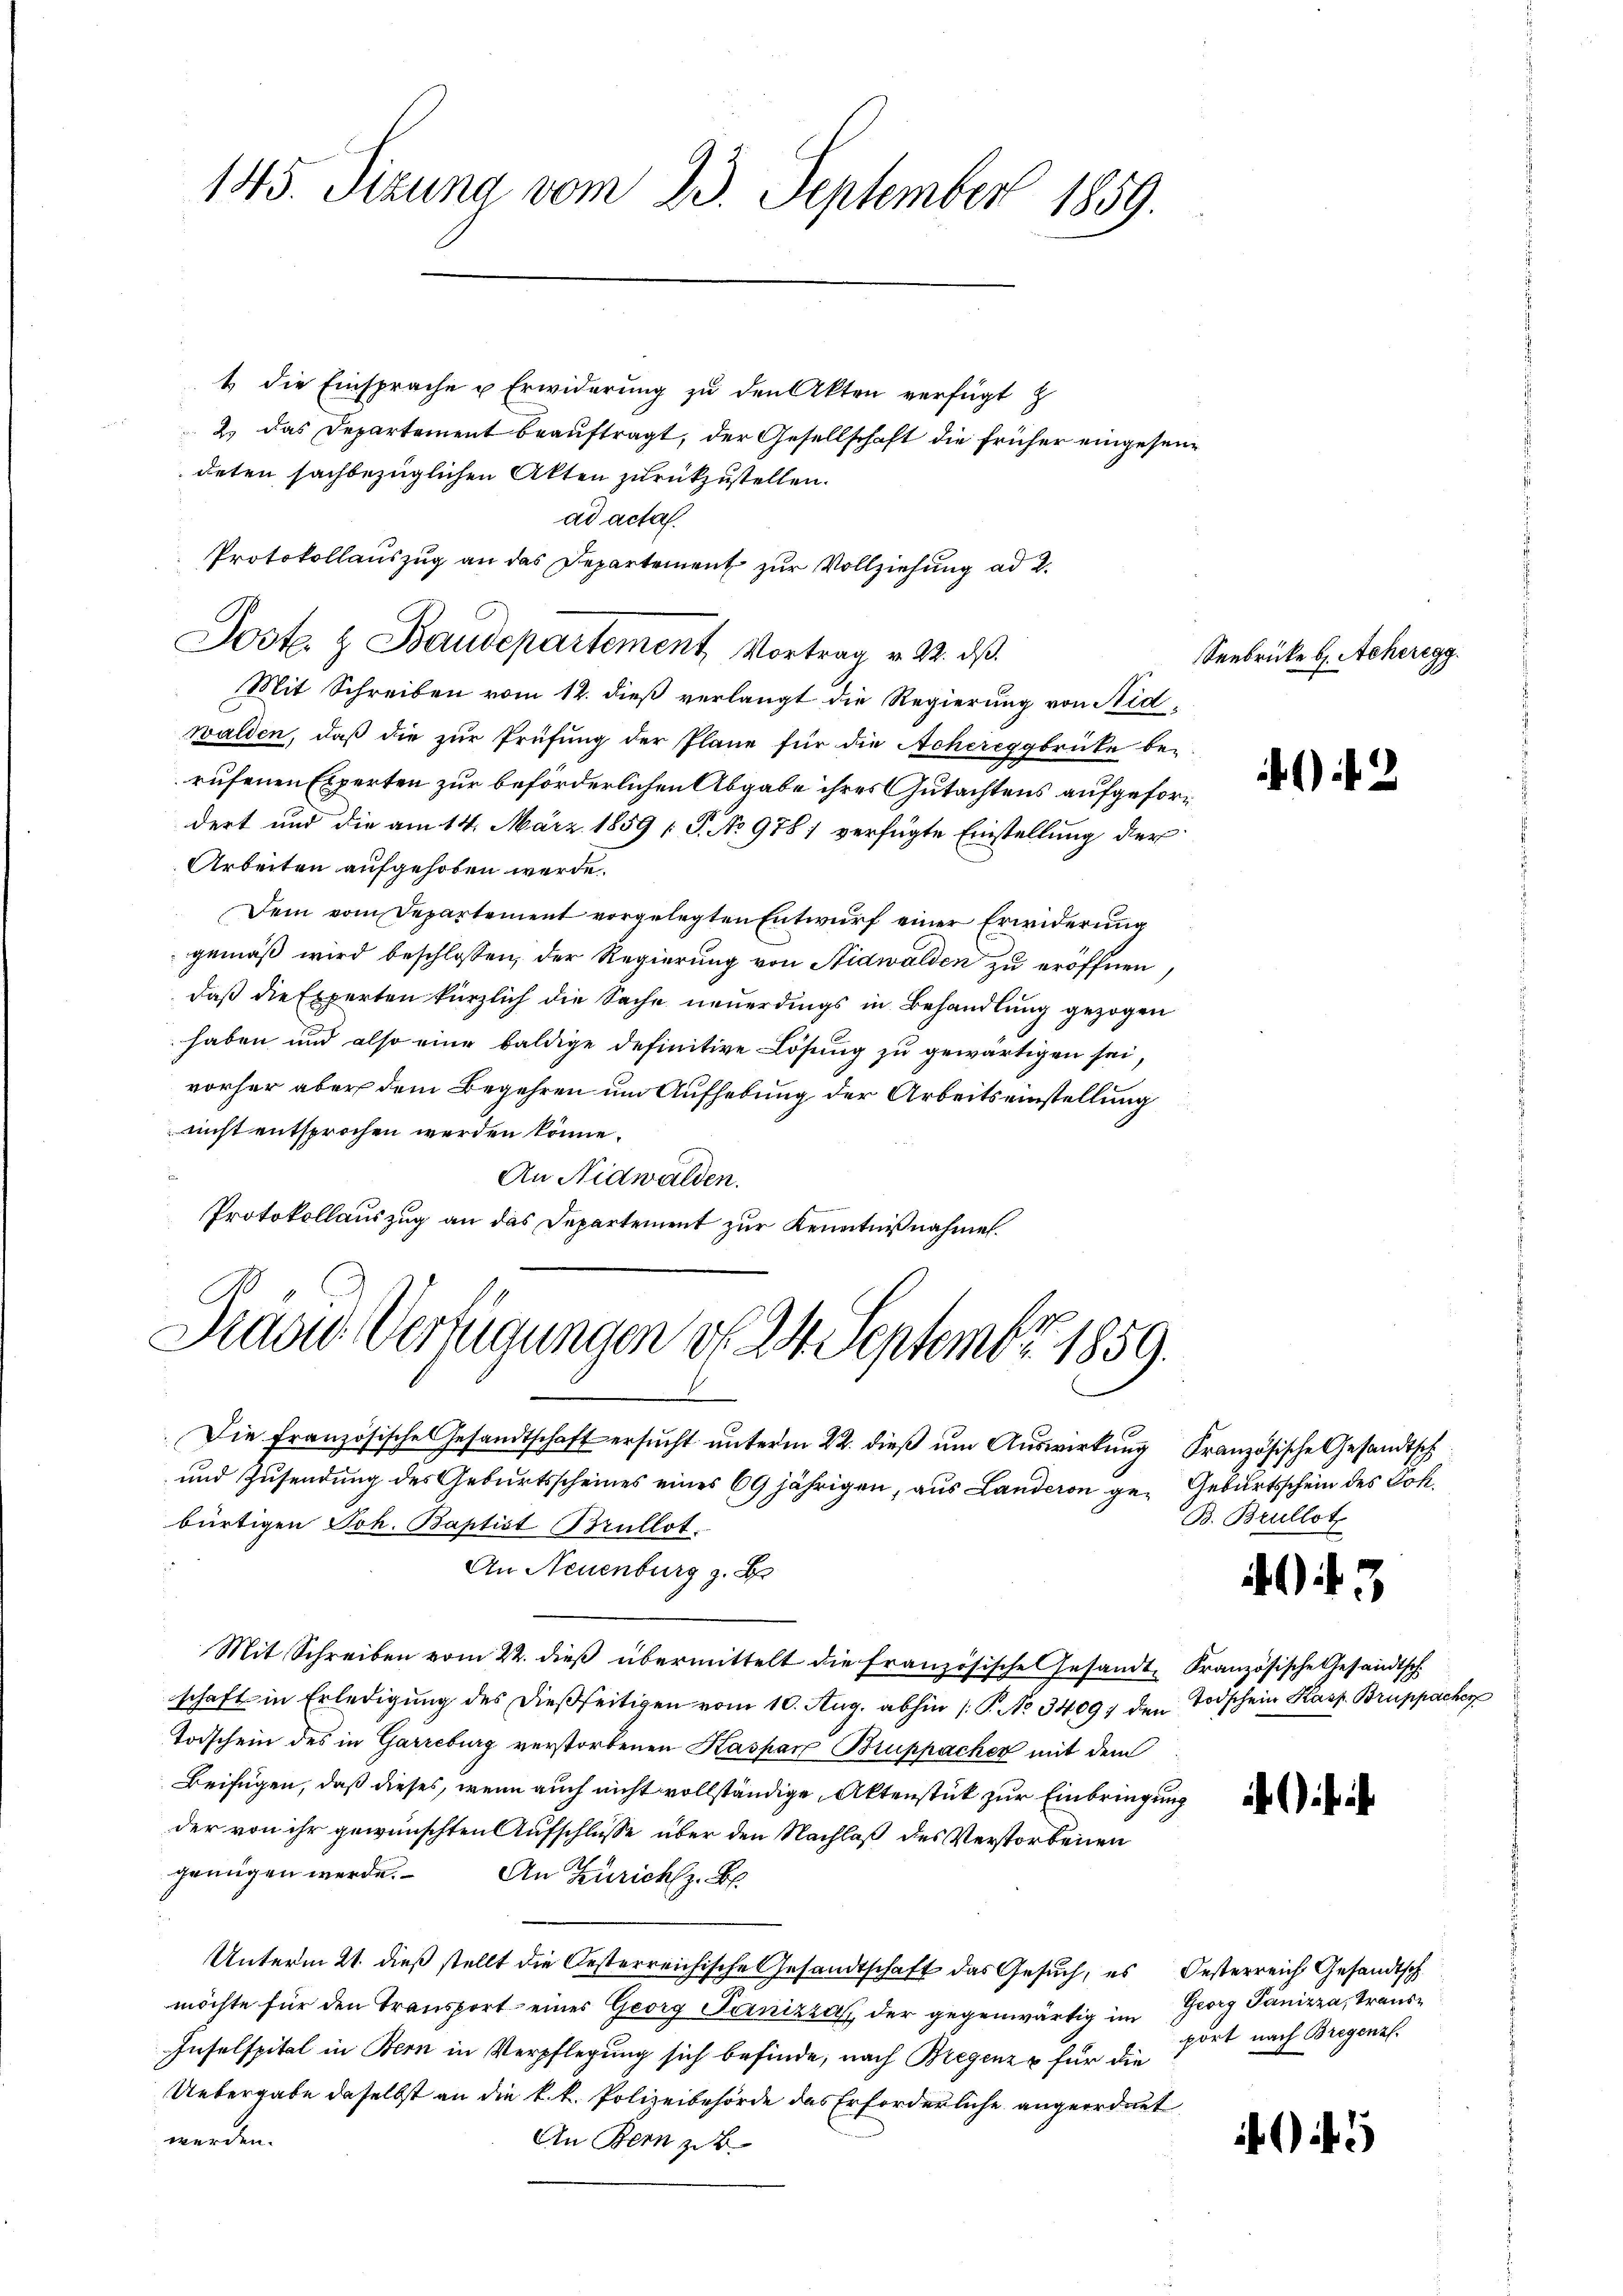
145. Sizung vom 23. September 1859.

t die Einsprache u Erwiderung zu den Akten verfügt z
2. das Departement beauftragt, der Gesellschaft die früher eingesendeten sachbezüglichen Akten zurückzustellen.
ad acta.
Protokollauszug an das Departement zur Vollziehung ad 2.
Mit Schreiben vom 12. dieß verlangt die Regierung von Nidwalden, daß die zur Prüfung der Pläne für die Achereggbrücke bei-
rufenen Experten zur beförderlichen Abgabe ihres Gutachtens aufgefordert und die am 14. März 1859 [P. No 978; verfügte Einstellung der
Arbeiten aufgehoben werde.
Dein vom Departement vorgelegten Entwurf einer Erwiderung
gemäß wird beschlossen, der Regierung von Nidwalden zu eröffnen,
daß die Experten kürzlich die Sache neuerdings in Behandlung gezogen
haben und also eine baldige definitive Lösung zu gewärtigen sei,
vorher aber dem Begehren um Aufhebung der Arbeitseinstellung
nicht entsprochen werden könne.
An Nidwalden.
Protokollauszug an das Departement zur Kenntnißnahme.

Jost & Baudepartement, Vortrag v. 22. ds.

Prand Verfügungen d. 24. Septembr. 1859.

Die Französische Gesandtschaft ersucht unterm 22. dieß um Auswirkung Französische Gesandtsch
und Zusendung des Geburtsscheines eines 69 jährigen, aus Landeren ge- Geburtsschein des Joh.
bürtigen Joh. Baptist Brullot.
An Neuenburg z. B
Mit Schreiben vom 22. dieß übermittelt die Französische Gesandt, Französische Gesandtsch.
schaft in Erledigung des dießseitigen vom 10. Aug. abhin (T. No 3409; den Todschein Kasp. Bruppacher
Todschein des in Garrcburg verstorbenen Kaspar Bruppacher mit dem
Beifügen, daß dieses, wenn auch nicht vollständige Aktenstück zur Einbringung
der von ihr gewünschten Aufschlüsse über den Nachlaß des Verstorbenen
genügen werde. An Zürich z. B.
Unterm 21. dieß stellt die Oesterreichische Gesandtschaft das Gesuch, es Oesterreich Gesandtsch
möchte für den Transport eines Georg Panizza der gegenwärtig im Georg Panizza, Trans¬
Inselspital in Bern in Verpflegung sich befinde, nach Bregenz & für die
Uebergabe daselbst an die k. k. Polizeibehörde das Erforderliche angeordnet
werden.
An Bern zu b

Senbrücke b. Acheregg

)

B. Brullot

47

pört nach Bregenz

5

2